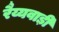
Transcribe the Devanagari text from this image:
रैय्यवाड़ी